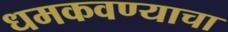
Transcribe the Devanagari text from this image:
धमकवण्याचा